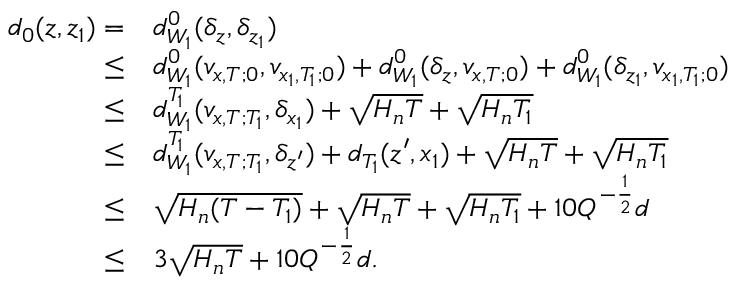
\begin{array} { r l } { d _ { 0 } ( z , z _ { 1 } ) = } & { d _ { W _ { 1 } } ^ { 0 } ( \delta _ { z } , \delta _ { z _ { 1 } } ) } \\ { \le } & { d _ { W _ { 1 } } ^ { 0 } ( v _ { x , T ; 0 } , v _ { x _ { 1 } , T _ { 1 } ; 0 } ) + d _ { W _ { 1 } } ^ { 0 } ( \delta _ { z } , v _ { x , T ; 0 } ) + d _ { W _ { 1 } } ^ { 0 } ( \delta _ { z _ { 1 } } , v _ { x _ { 1 } , T _ { 1 } ; 0 } ) } \\ { \le } & { d _ { W _ { 1 } } ^ { T _ { 1 } } ( v _ { x , T ; T _ { 1 } } , \delta _ { x _ { 1 } } ) + \sqrt { H _ { n } T } + \sqrt { H _ { n } T _ { 1 } } } \\ { \le } & { d _ { W _ { 1 } } ^ { T _ { 1 } } ( v _ { x , T ; T _ { 1 } } , \delta _ { z ^ { \prime } } ) + d _ { T _ { 1 } } ( z ^ { \prime } , x _ { 1 } ) + \sqrt { H _ { n } T } + \sqrt { H _ { n } T _ { 1 } } } \\ { \le } & { \sqrt { H _ { n } ( T - T _ { 1 } ) } + \sqrt { H _ { n } T } + \sqrt { H _ { n } T _ { 1 } } + 1 0 Q ^ { - \frac 1 2 } d } \\ { \le } & { 3 \sqrt { H _ { n } T } + 1 0 Q ^ { - \frac 1 2 } d . } \end{array}